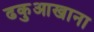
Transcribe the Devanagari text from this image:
ढकुआखाना